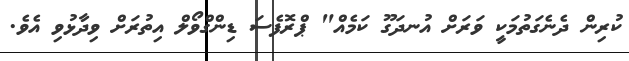
ކުރިން ދެނެގަތުމަކީ ވަރަށް އުނދަގޫ ކަމެއް" ޕްރޮފެސަ ޑިންގްވޯލް އިތުރަށް ވިދާޅުވި އެވެ.